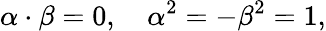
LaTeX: \alpha\cdot\beta=0,\quad\alpha^{2}=-\beta^{2}=1,